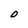
Character: O